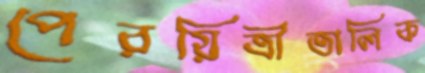
পেরয়িত্রীতালিক